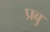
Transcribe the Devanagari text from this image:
प्रबु